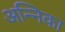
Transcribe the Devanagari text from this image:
अन्निका